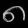
Digit: ၈